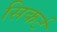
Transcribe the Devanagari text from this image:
सिकर्ट